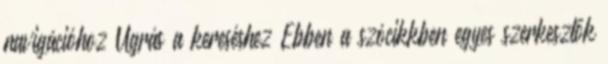
navigációhoz Ugrás a kereséshez Ebben a szócikkben egyes szerkesztők